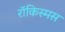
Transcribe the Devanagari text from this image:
रॉकिस्मस